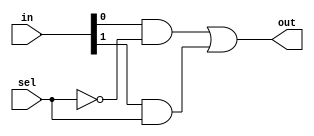
module mux2to1(in,sel,out);
input[1:0] in;
input sel;
output out;
wire t1,t2,t3;
not G1(t1,sel);
and G2(t2,in[0],t1);
and G3(t3,in[1],sel);
or G4(out,t2,t3);
endmodule
module D_latch(D,E,Q,Qbar);
input D,E;
output Q,Qbar;
wire[1:0] in;
assign in[1]=Q;
assign in[0]=D;
assign Qbar=~Q;
mux2to1 M0(in,E,Q);
endmodule